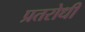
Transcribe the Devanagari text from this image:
प्रतरोधी